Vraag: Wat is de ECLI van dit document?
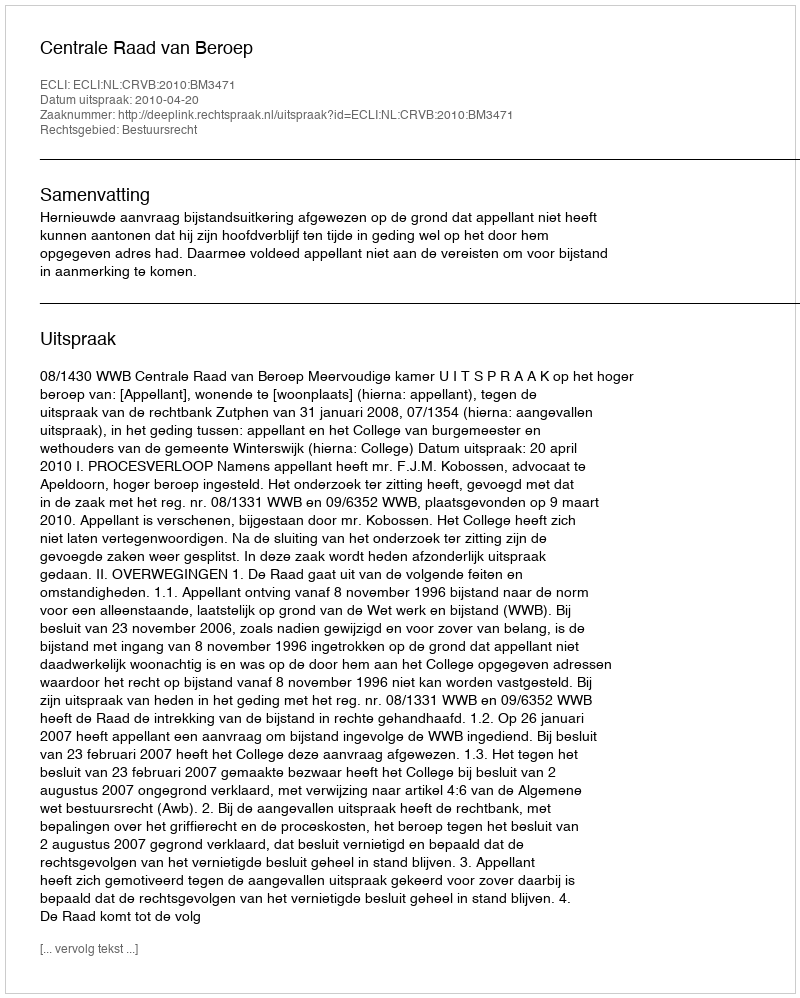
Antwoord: ECLI:NL:CRVB:2010:BM3471